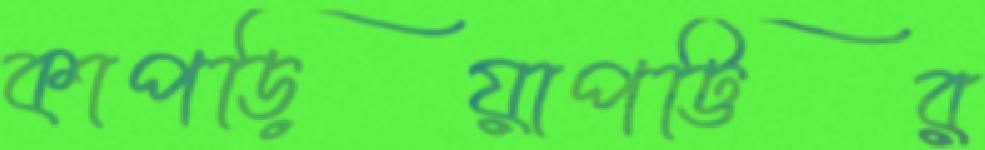
কাপড়িয়াপট্টির